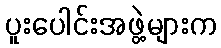
ပူးပေါင်းအဖွဲ့များက